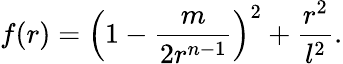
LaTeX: f(r)=\left(1-\frac{m}{2r^{n-1}}\right)^{2}+\frac{r^{2}}{l^{2}}.